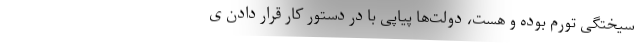
سیختگی تورم بوده و هست، دولت‌ها پیاپی با در دستور کار قرار دادن ی